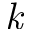
\mathit { k }